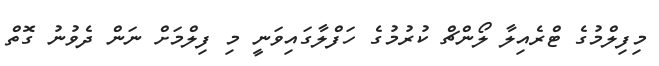
މިފިލްމުގެ ޓްރެއިލާ ލޯންޗް ކުރުމުގެ ހަފްލާގައިވަނީ މި ފިލްމަށް ނަަން ދެވުނު ގޮތް